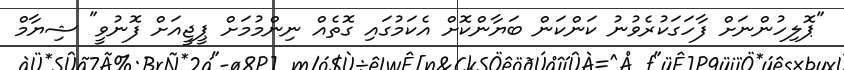
"ޕޮލިހުންނަށް ފާހަގަކުރެވުނު ކަންކަން ބަޔާންކޮށް އެކަމުގައި ގޮތެއް ނިންމުމަށް ޕީޖީއަށް ފޮނުވީ" ޝިޔާމް